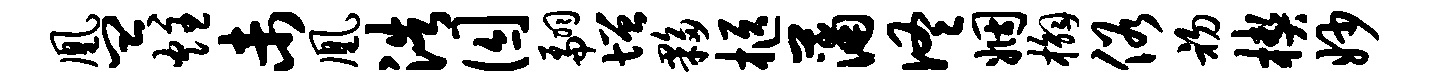
凰皿炷未凰浩囚翩增夥柩蒲佟姻槲俗初楔妙